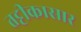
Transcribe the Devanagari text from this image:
तट्टीकासार